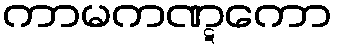
ကာမကဏ္ဋကော